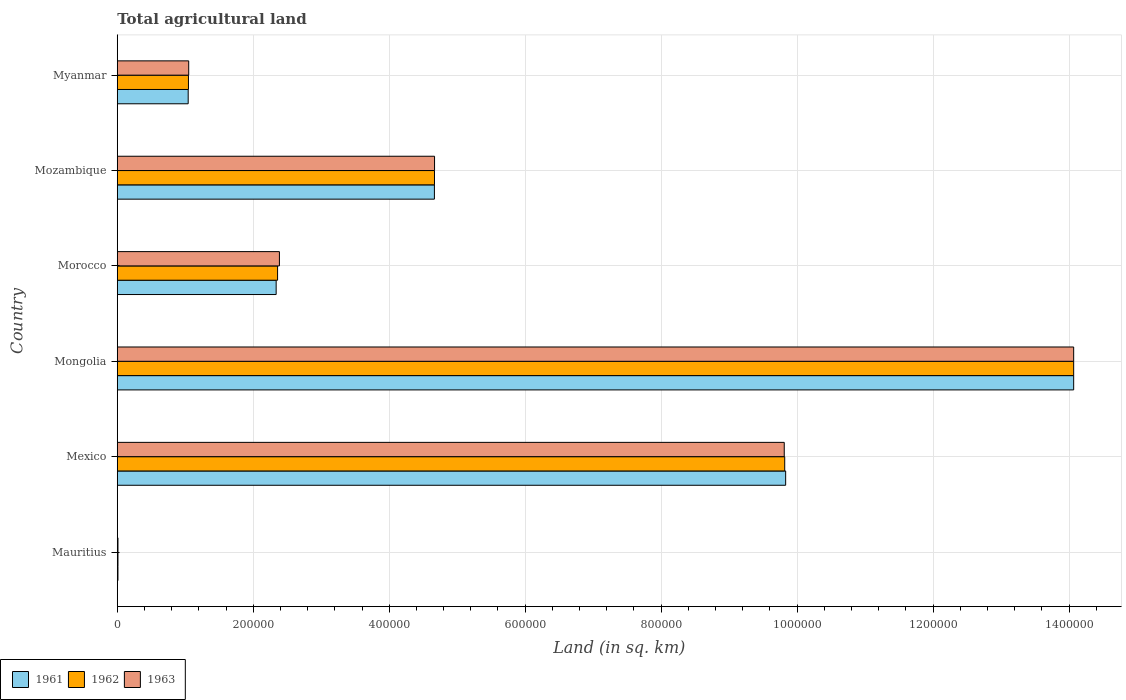
| Country | 1961 | 1962 | 1963 |
 | --- | --- | --- | --- |
 | Mauritius | 990 | 1e+03 | 1e+03 |
 | Mexico | 9.83e+05 | 9.82e+05 | 9.81e+05 |
 | Mongolia | 1.41e+06 | 1.41e+06 | 1.41e+06 |
 | Morocco | 2.34e+05 | 2.36e+05 | 2.38e+05 |
 | Mozambique | 4.66e+05 | 4.67e+05 | 4.67e+05 |
 | Myanmar | 1.04e+05 | 1.05e+05 | 1.05e+05 |